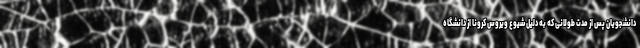
دانشجویان پس از مدت طولانی که به دلیل شیوع ویروس کرونا از دانشگاه